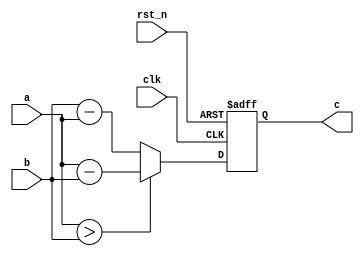

`timescale 1ns/1ns

module data_minus(

    input clk,

    input rst_n,

    input [7:0]a,

    input [7:0]b,

 

    output  reg [8:0]c

);

 

always @(posedge clk or negedge rst_n)

    if(!rst_n)

        c <= 0;

    else if(a > b)

        c <= a-b;

    else

        c <= b-a;

endmodule